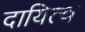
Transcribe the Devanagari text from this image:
दायित्‍व